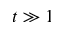
t \gg 1